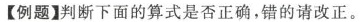
【例题】判断下面的算式是否正确，错的请改正。